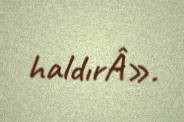
haldırÂ».